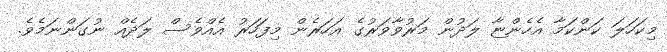
މިކަހަލަ ކަންކަމާ އެހެންޏާ ލަދުން މަރުވާވަރުގެ އަހަރެން މިފަހަރު އެއްވެސް ލަދެއް ނުގަންނަމެވެ.